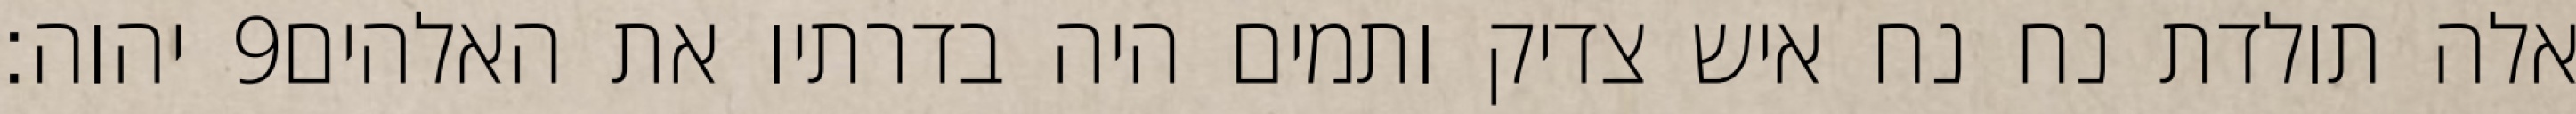
יהוה׃ ‎9‏ אלה תולדת נח נח איש צדיק ותמים היה בדרתיו את האלהים